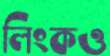
লিংকও